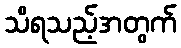
သိရသည့်အတွက်